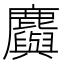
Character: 𪋮